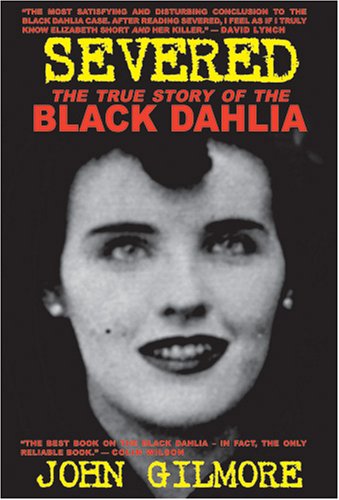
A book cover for Severed: The True Story of the Black Dahlia Murder; John Gilmore; Biographies & Memoirs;